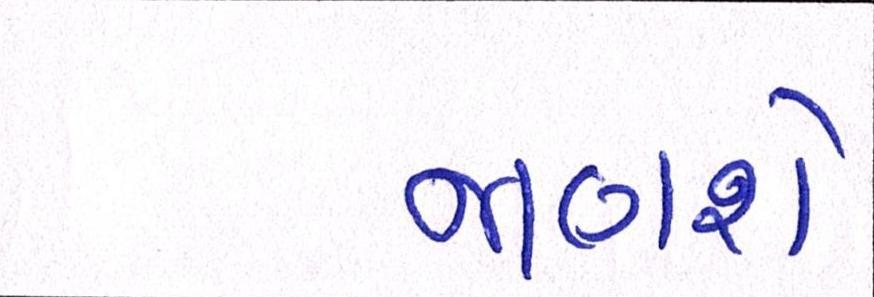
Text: જાણશે